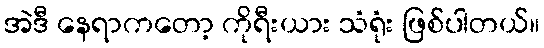
အဲဒီ နေရာကတော့ ကိုရီးယား သံရုံး ဖြစ်ပါတယ်။